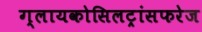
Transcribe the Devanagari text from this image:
ग्लायकोसिलट्रांसफरेज